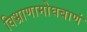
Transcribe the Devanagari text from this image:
विभ्राणामोघबाणं